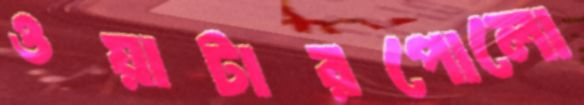
ওয়াটারপোলো